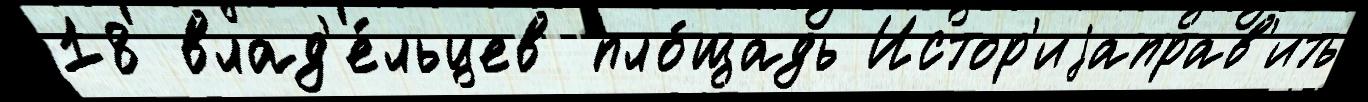
18 влад'е́льцев пло́щадь Истор'иjаправ'ить